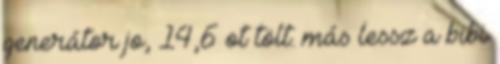
generátor jo, 14,6 ot tölt. más lessz a bibi